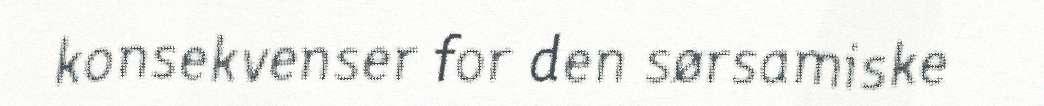
konsekvenser for den sørsamiske